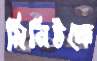
মিনিটকে